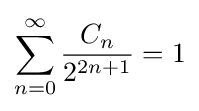
\sum _{n=0}^{\infty }{\frac {C_{n}}{2^{2n+1}}}=1